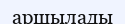
аршылады